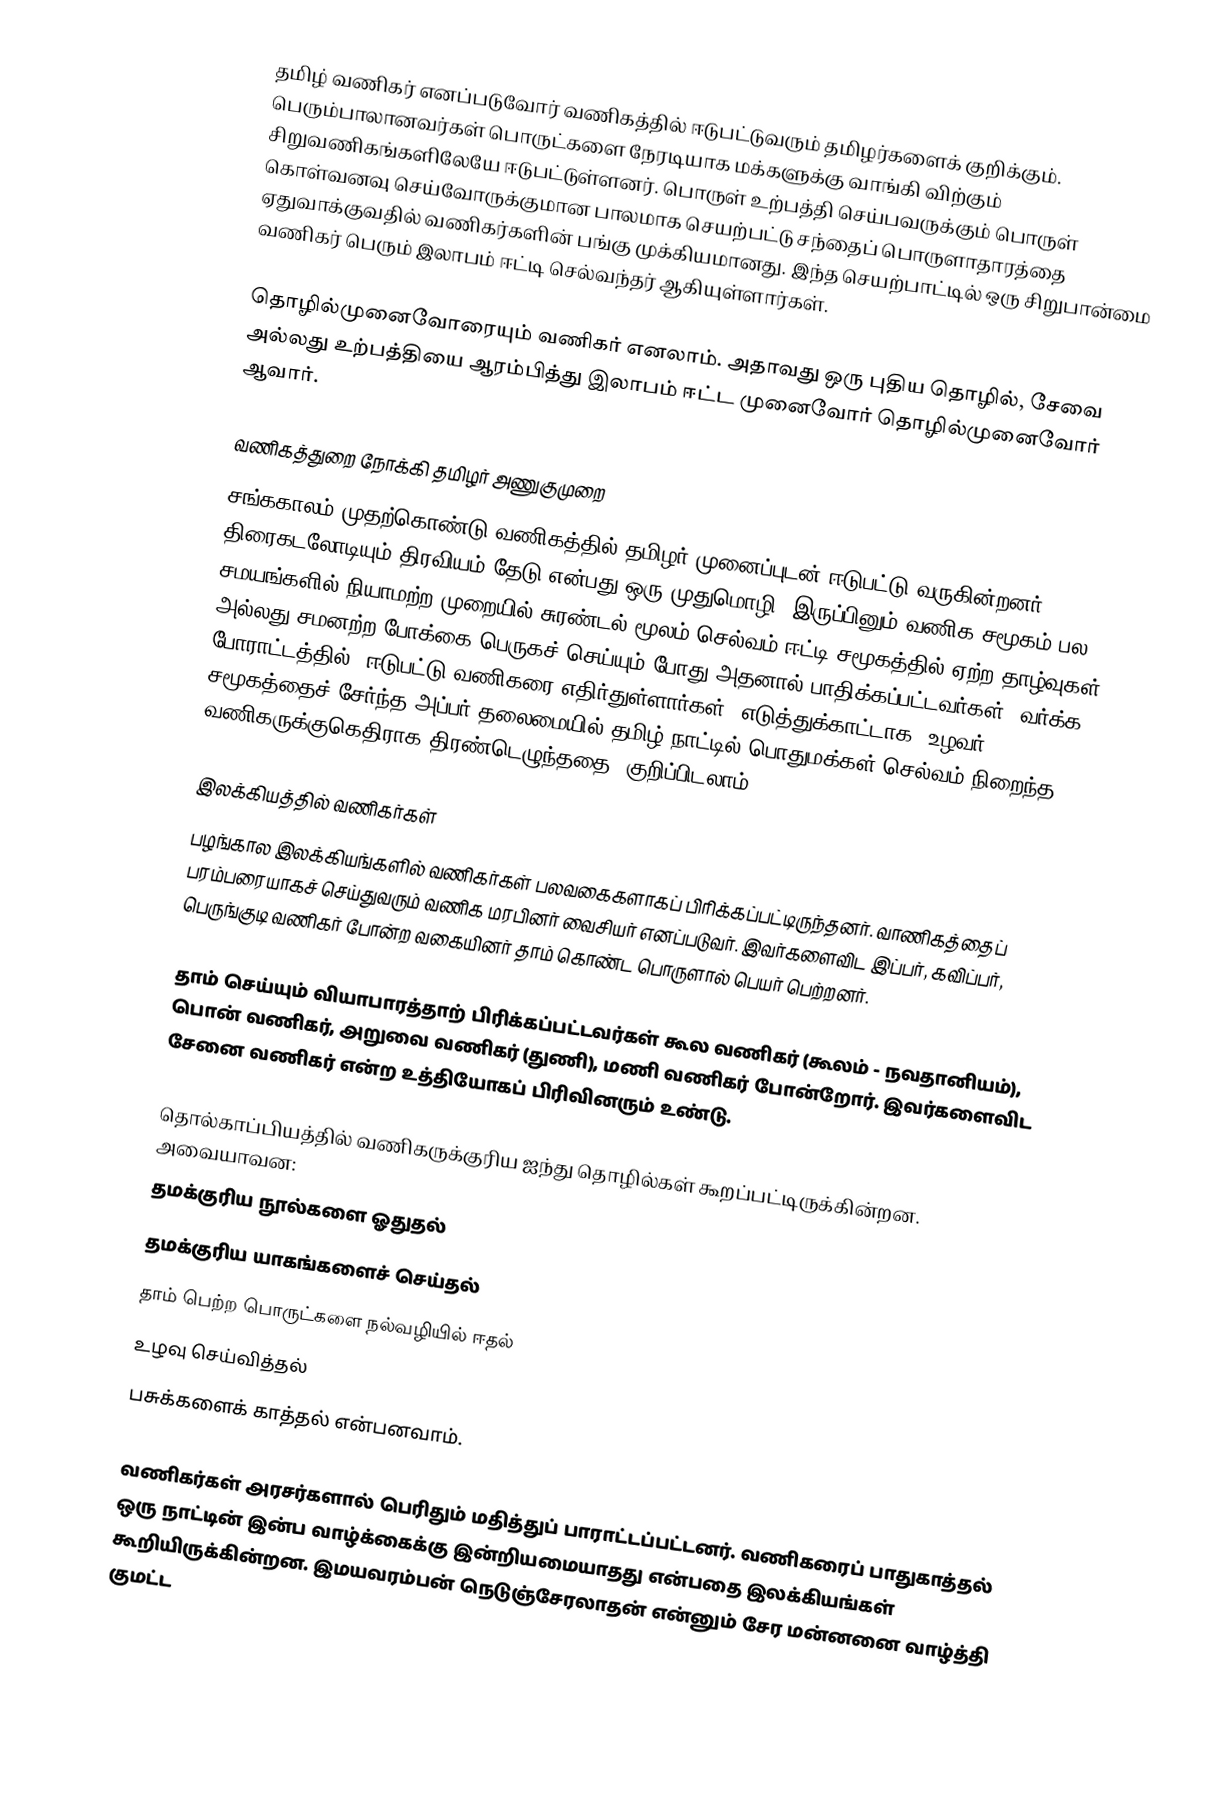
தமிழ் வணிகர் எனப்படுவோர் வணிகத்தில் ஈடுபட்டுவரும் தமிழர்களைக் குறிக்கும். பெரும்பாலானவர்கள் பொருட்களை நேரடியாக மக்களுக்கு வாங்கி விற்கும் சிறுவணிகங்களிலேயே ஈடுபட்டுள்ளனர். பொருள் உற்பத்தி செய்பவருக்கும் பொருள் கொள்வனவு செய்வோருக்குமான பாலமாக செயற்பட்டு சந்தைப் பொருளாதாரத்தை ஏதுவாக்குவதில் வணிகர்களின் பங்கு முக்கியமானது. இந்த செயற்பாட்டில் ஒரு சிறுபான்மை வணிகர் பெரும் இலாபம் ஈட்டி செல்வந்தர் ஆகியுள்ளார்கள்.

தொழில்முனைவோரையும் வணிகர் எனலாம். அதாவது ஒரு புதிய தொழில், சேவை அல்லது உற்பத்தியை ஆரம்பித்து இலாபம் ஈட்ட முனைவோர் தொழில்முனைவோர் ஆவார்.

வணிகத்துறை நோக்கி தமிழர் அணுகுமுறை
சங்ககாலம் முதற்கொண்டு வணிகத்தில் தமிழர் முனைப்புடன் ஈடுபட்டு வருகின்றனர். திரைகடலோடியும் திரவியம் தேடு என்பது ஒரு முதுமொழி. இருப்பினும் வணிக சமூகம் பல சமயங்களில் நியாமற்ற முறையில் சுரண்டல் மூலம் செல்வம் ஈட்டி சமூகத்தில் ஏற்ற தாழ்வுகள் அல்லது சமனற்ற போக்கை பெருகச் செய்யும் போது அதனால் பாதிக்கப்பட்டவர்கள் "வர்க்க போராட்டத்தில்" ஈடுபட்டு வணிகரை எதிர்துள்ளார்கள். எடுத்துக்காட்டாக "உழவர் சமூகத்தைச் சேர்ந்த அப்பர் தலைமையில் தமிழ் நாட்டில் பொதுமக்கள் செல்வம் நிறைந்த வணிகருக்குகெதிராக திரண்டெழுந்ததை" குறிப்பிடலாம்.

இலக்கியத்தில் வணிகர்கள்
பழங்கால இலக்கியங்களில் வணிகர்கள் பலவகைகளாகப் பிரிக்கப்பட்டிருந்தனர். வாணிகத்தைப் பரம்பரையாகச் செய்துவரும் வணிக மரபினர் வைசியர் எனப்படுவர். இவர்களைவிட இப்பர், கவிப்பர், பெருங்குடி வணிகர் போன்ற வகையினர் தாம் கொண்ட பொருளால் பெயர் பெற்றனர்.

தாம் செய்யும் வியாபாரத்தாற் பிரிக்கப்பட்டவர்கள் கூல வணிகர் (கூலம் - நவதானியம்), பொன் வணிகர், அறுவை வணிகர் (துணி), மணி வணிகர் போன்றோர். இவர்களைவிட சேனை வணிகர் என்ற உத்தியோகப் பிரிவினரும் உண்டு.

தொல்காப்பியத்தில் வணிகருக்குரிய ஐந்து தொழில்கள் கூறப்பட்டிருக்கின்றன. அவையாவன:
 தமக்குரிய நூல்களை ஓதுதல்
 தமக்குரிய யாகங்களைச் செய்தல்
 தாம் பெற்ற பொருட்களை நல்வழியில் ஈதல்
 உழவு செய்வித்தல்
 பசுக்களைக் காத்தல் என்பனவாம்.

வணிகர்கள் அரசர்களால் பெரிதும் மதித்துப் பாராட்டப்பட்டனர். வணிகரைப் பாதுகாத்தல் ஒரு நாட்டின் இன்ப வாழ்க்கைக்கு இன்றியமையாதது என்பதை இலக்கியங்கள் கூறியிருக்கின்றன. இமயவரம்பன் நெடுஞ்சேரலாதன் என்னும் சேர மன்னனை வாழ்த்தி குமட்ட